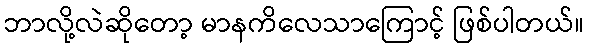
ဘာလို့လဲဆိုတော့ မာနကိလေသာကြောင့် ဖြစ်ပါတယ်။